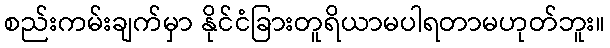
စည်းကမ်းချက်မှာ နိုင်ငံခြားတူရိယာမပါရတာမဟုတ်ဘူး။